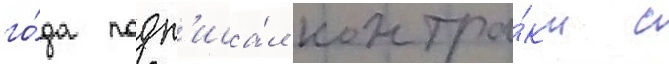
го́да подп'иса́л контра́кт с